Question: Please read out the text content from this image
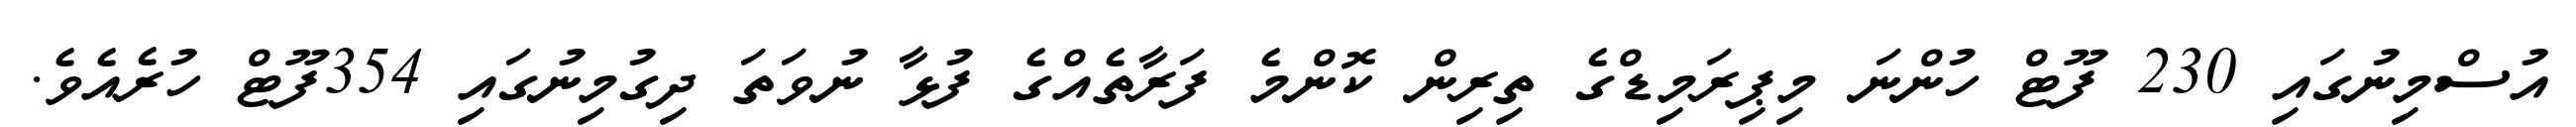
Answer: އުސްމިނުގައި 230 ފޫޓް ހުންނަ މިޕިރަމިޑްގެ ތިރިން ކޮންމެ ފަރާތެއްގެ ފުޅާ ނުވަތަ ދިގުމިނުގައި 354ފޫޓް ހުރެއެވެ.